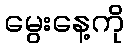
မွေးနေ့ကို